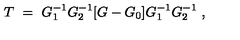
T \ = \ G _ { 1 } ^ { - 1 } G _ { 2 } ^ { - 1 } [ G - G _ { 0 } ] G _ { 1 } ^ { - 1 } G _ { 2 } ^ { - 1 } \ ,